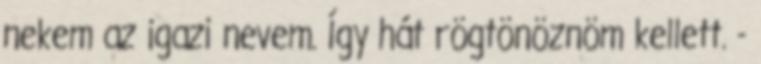
nekem az igazi nevem. Így hát rögtönöznöm kellett. -